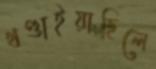
খণ্ডাইয়াছিলে